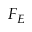
F _ { E }